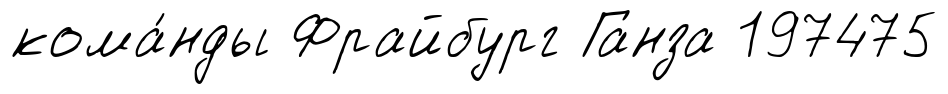
кома́нды Фрайбург Ганза 197475